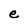
Character: e